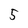
Character: 5